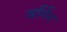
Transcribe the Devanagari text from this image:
वर्गिन